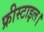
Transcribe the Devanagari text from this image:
फ्रीस्टाइल।